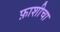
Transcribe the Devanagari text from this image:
फ़ाशीचा